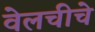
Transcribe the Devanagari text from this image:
वेलचीचे